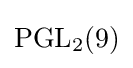
\operatorname {PGL} _{2}(9)